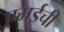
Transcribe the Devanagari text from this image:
एमईची